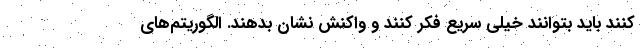
کنند باید بتوانند خیلی سریع فکر کنند و واکنش نشان بدهند. الگوریتم‌های